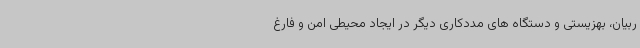
ربیان، بهزیستی و دستگاه های مددکاری دیگر در ایجاد محیطی امن و فارغ